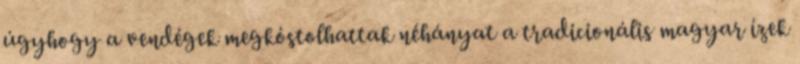
úgyhogy a vendégek megkóstolhattak néhányat a tradicionális magyar ízek